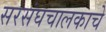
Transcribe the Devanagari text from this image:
सरसंघचालकाचे